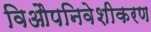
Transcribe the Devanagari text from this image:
विऔपनिवेशीकरण